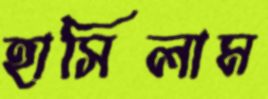
হাসিলাম